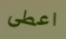
اعطى